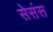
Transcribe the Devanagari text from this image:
सेसंस